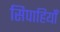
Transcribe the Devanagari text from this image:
सिपाहियोँ